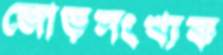
জোড়সংখ্যক